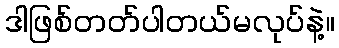
ဒါဖြစ်တတ်ပါတယ်မလုပ်နဲ့။